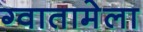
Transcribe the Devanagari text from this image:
ग्वातामेला